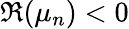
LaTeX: \Re(\mu_{n})<0